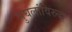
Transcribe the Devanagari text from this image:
मुघलांविरुद्ध